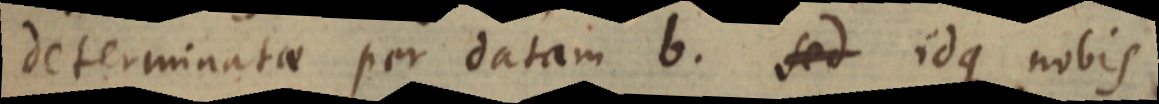
determinatae per datam b. sed idque nobis